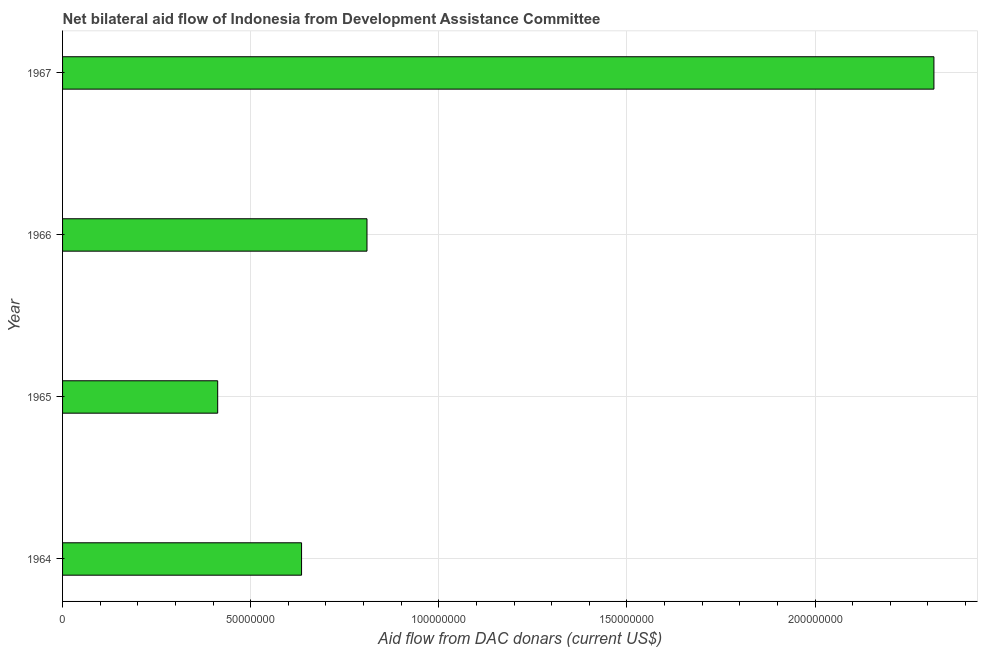
| Year | Net bilateral aid flows from DAC donors |
 | --- | --- |
 | 1964 | 6.35e+07 |
 | 1965 | 4.12e+07 |
 | 1966 | 8.09e+07 |
 | 1967 | 2.32e+08 |